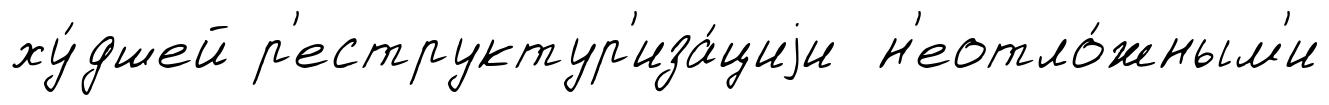
ху́дшей р'еструктур'иза́циjи н'еотло́жным'и